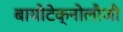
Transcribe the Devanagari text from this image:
बायोटेक्नोलौजी